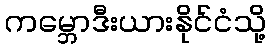
ကမ္ဘောဒီးယားနိုင်ငံသို့